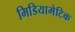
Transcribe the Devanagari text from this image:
मिडियामेटिक